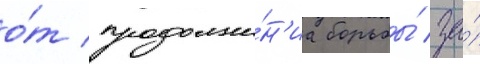
о́т продолже́н'иа борьбы́ за́